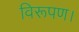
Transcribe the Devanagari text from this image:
विरूपण।